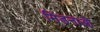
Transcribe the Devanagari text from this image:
मिंडनाओ